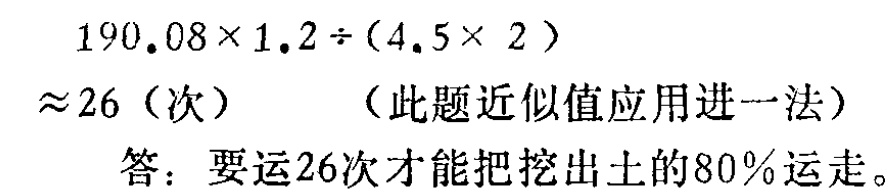
\[

\begin{align*}

&190.08\times1.2\div(4.5\times 2)\\

\approx&26 \text{（次）} \quad \text{（此题近似值应用进一法）}\\

\end{align*}

\]

答：要运26次才能把挖出土的80%运走。